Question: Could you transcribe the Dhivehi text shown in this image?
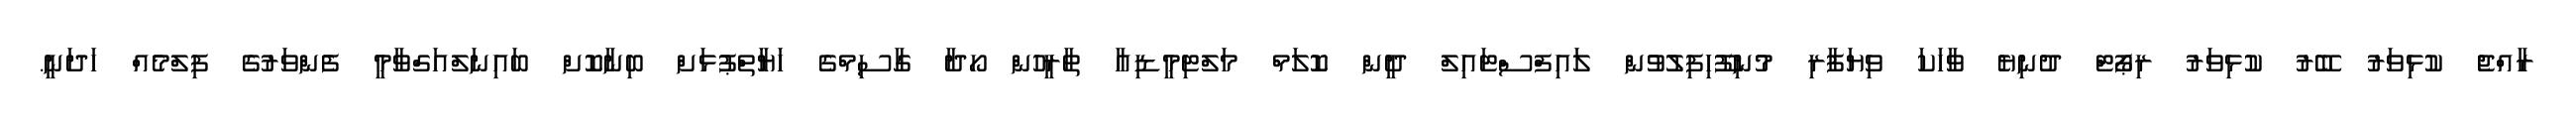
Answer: ރާއްޖެ ކުޅިވަރު ބޭރު ކުޅިވަރު ރިޕޯޓް ދުނިޔެ ވާހަކަ ވިޔަފާރި މުނިފޫހިފިލުވުން ލައިފްސްޓައިލް ދީން ކޮލަމް މަލްޓިމީޑިއާ ތާރީހުން ހޯދާ ގާސިމްގެ ހަޔާތްޕުޅަށް ބިނާކޮށް ބައިނަލްއަގްވާމީ ފެންވަރުގެ ފިލްމެއް ހަދަނީ.